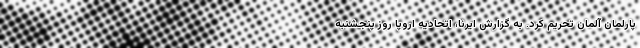
پارلمان آلمان تحریم کرد. به گزارش ایرنا، اتحادیه اروپا روز پنجشنبه